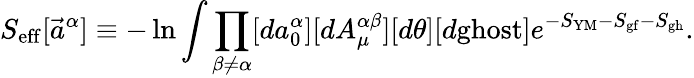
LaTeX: S_{\mathrm{eff}}[\vec{a}^{\alpha}]\equiv-\ln\int\prod_{\beta\neq\alpha}[da_{0}^{\alpha}][dA_{\mu}^{\alpha\beta}][d\theta][d\mathrm{ghost}]e^{-S_{\mathrm{YM}}-S_{\mathrm{gf}}-S_{\mathrm{gh}}}.